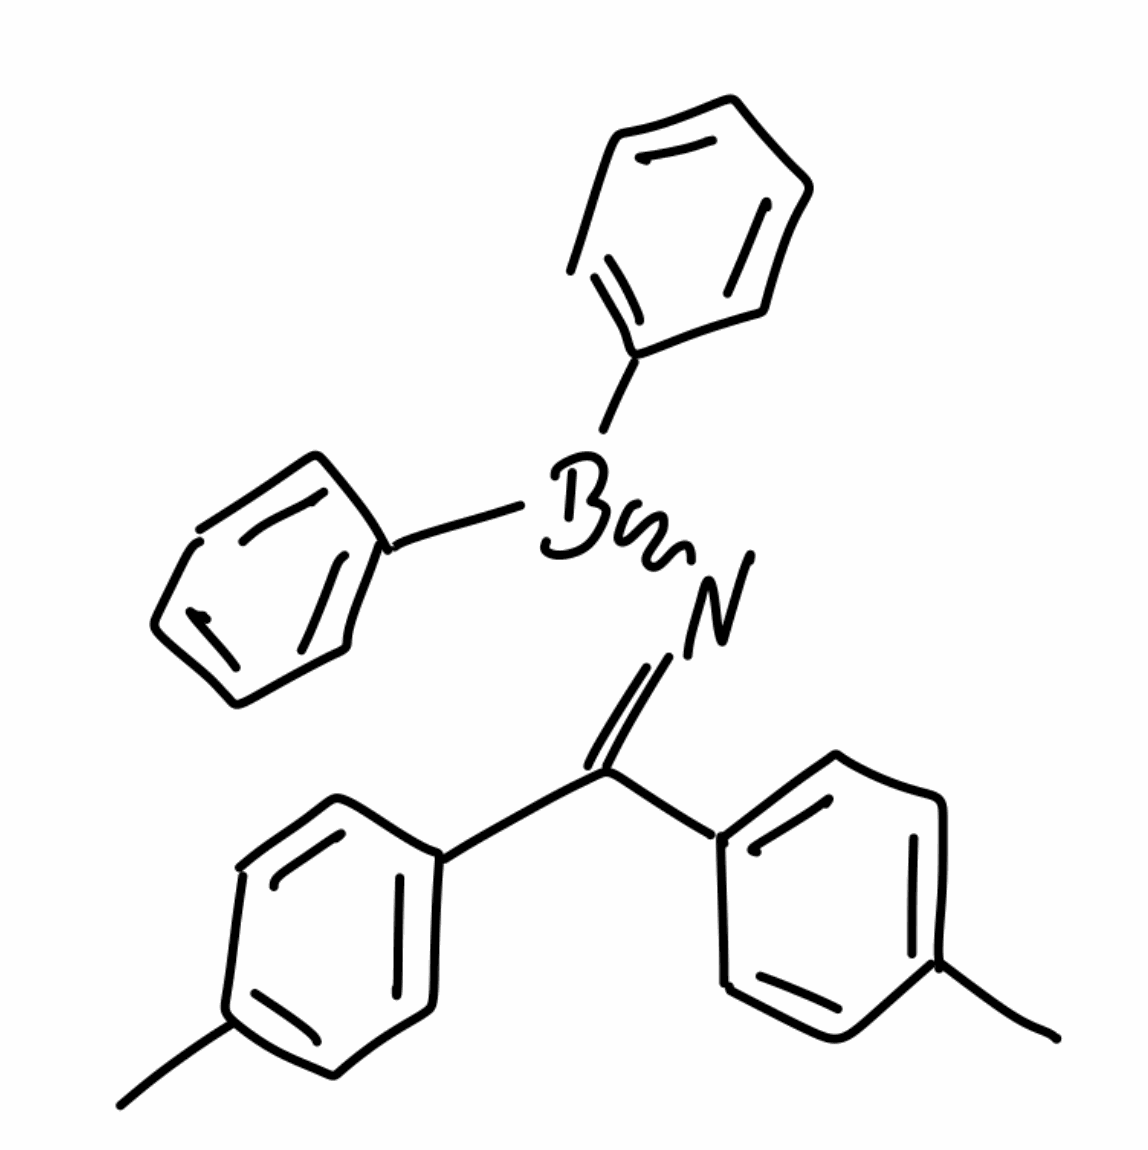
Simplified molecular-input line-entry system (SMILES) notation of the given molecule:
B(C1=CC=CC=C1)(C2=CC=CC=C2)N=C(C3=CC=C(C=C3)C)C4=CC=C(C=C4)C